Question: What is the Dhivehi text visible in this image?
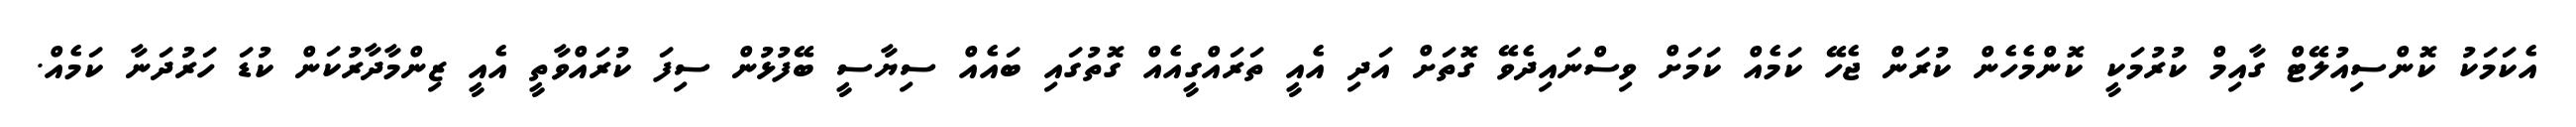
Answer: އެކަމަކު ކޮންސިއުލޭޓް ގާއިމް ކުރުމަކީ ކޮންމެހެން ކުރަން ޖެހޭ ކަމެއް ކަމަށް ވިސްނައިދެވޭ ގޮތަށް އަދި އެއީ ތަރައްގީއެއް ގޮތުގައި ބައެއް ސިޔާސީ ބޭފުޅުން ސިފަ ކުރައްވާތީ އެއީ ޒިންމާދާރުކަން ކުޑަ ހަރުދަނާ ކަމެއް.